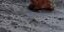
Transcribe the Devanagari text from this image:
आरेण्ट